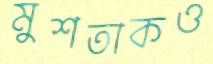
মুশতাকও